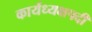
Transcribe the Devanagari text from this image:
कार्यध्यक्षपदी